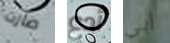
صارت أدع أبي